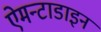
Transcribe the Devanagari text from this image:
ऐमन्टाडाइन